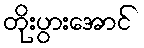
တိုးပွားအောင်